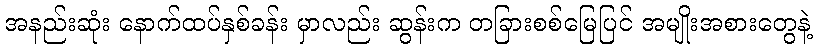
အနည်းဆုံး နောက်ထပ်နှစ်ခန်း မှာလည်း ဆွန်းက တခြားစစ်မြေပြင် အမျိုးအစားတွေနဲ့